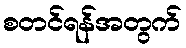
စတင်ရန်အတွက်